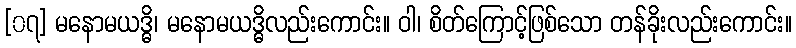
[၀၇] မနောမယဒ္ဓိ၊ မနောမယဒ္ဓိလည်းကောင်း။ ဝါ၊ စိတ်ကြောင့်ဖြစ်သော တန်ခိုးလည်းကောင်း။